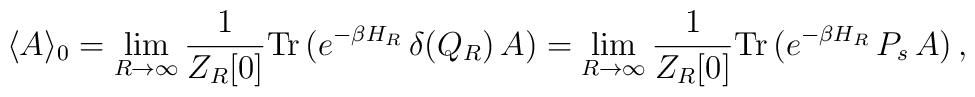
\langle A \rangle _{0} = \lim_{R\rightarrow\infty}\frac{1}{Z_{R}[0]} \mbox{Tr}\, (e^{-\beta H_{R}}\, \delta(Q_R)\, A) =\lim_{R\rightarrow\infty} \frac{1}{Z_{R}[0]}\mbox{Tr}\, (e^{-\beta H_{R}}\,P_{s}\,A)\,,